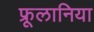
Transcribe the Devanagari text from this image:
फ्रूलानिया